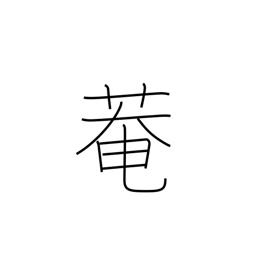
Meaning: hermitage